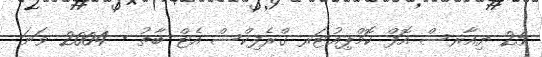
25 ޔިއާރސް އޮފް ކޮމްޕިއުޓަރ ގްރެފިކްސް އެޓް ބާތު - 2004 ވަނަ